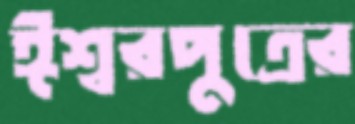
ঈশ্বরপুত্রের